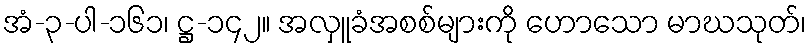
အံ-၃-ပါ-၁၆၁၊ ဋ္ဌ-၁၄၂။ အလှူခံအစစ်များကို ဟောသော မာဃသုတ်၊